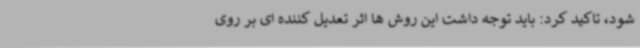
شود، تاکید کرد: باید توجه داشت این روش ها اثر تعدیل کننده ای بر روی